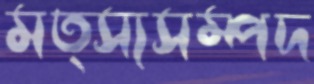
মত্স্যসম্পদ